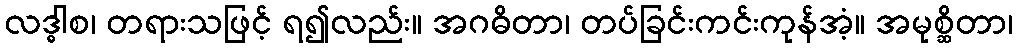
လဒ္ဓါစ၊ တရားသဖြင့် ရ၍လည်း။ အဂဓိတာ၊ တပ်ခြင်းကင်းကုန်အံ့။ အမုစ္ဆိတာ၊